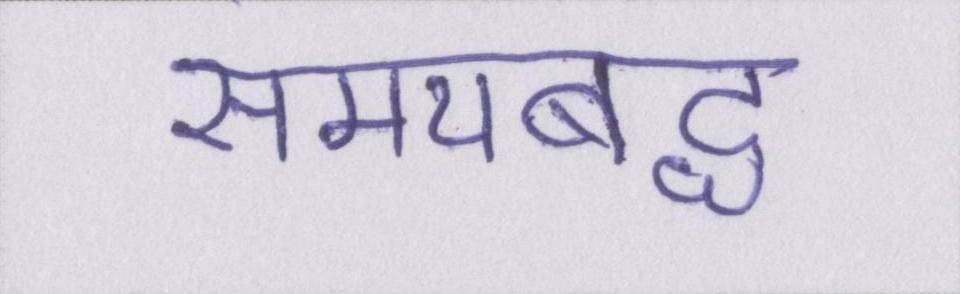
समयबद्ध